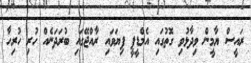
ރައީސް ޔާމީން ވިދާޅުވި ގޮތުގައި އެމްޑީޕީ ފިޔަވައި ރާއްޖޭގައި ބުރަދަނެއް ހުރި ހުރިހާ